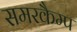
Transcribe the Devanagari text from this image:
समरकैम्प